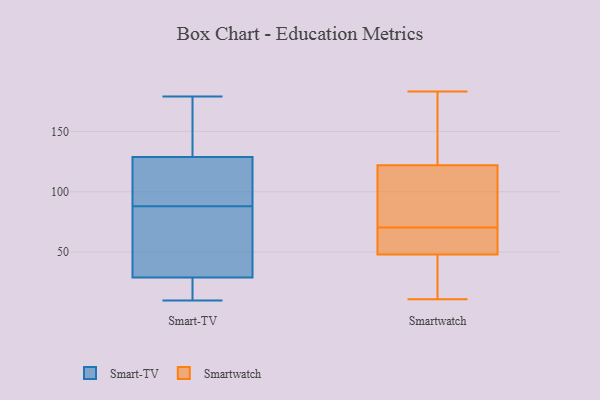
{"axis": {"x": "Operating Costs (USD K)", "y": "Value"}, "legend": ["Smart-TV", "Smartwatch"], "data": [{"x": "", "y": 107, "type": "Smart-TV"}, {"x": "", "y": 97, "type": "Smart-TV"}, {"x": "", "y": 179, "type": "Smart-TV"}, {"x": "", "y": 14, "type": "Smart-TV"}, {"x": "", "y": 155, "type": "Smart-TV"}, {"x": "", "y": 33, "type": "Smart-TV"}, {"x": "", "y": 49, "type": "Smart-TV"}, {"x": "", "y": 12, "type": "Smart-TV"}, {"x": "", "y": 119, "type": "Smart-TV"}, {"x": "", "y": 134, "type": "Smart-TV"}, {"x": "", "y": 127, "type": "Smart-TV"}, {"x": "", "y": 17, "type": "Smart-TV"}, {"x": "", "y": 64, "type": "Smart-TV"}, {"x": "", "y": 88, "type": "Smart-TV"}, {"x": "", "y": 35, "type": "Smart-TV"}, {"x": "", "y": 151, "type": "Smart-TV"}, {"x": "", "y": 10, "type": "Smart-TV"}, {"x": "", "y": 11, "type": "Smartwatch"}, {"x": "", "y": 44, "type": "Smartwatch"}, {"x": "", "y": 105, "type": "Smartwatch"}, {"x": "", "y": 62, "type": "Smartwatch"}, {"x": "", "y": 122, "type": "Smartwatch"}, {"x": "", "y": 68, "type": "Smartwatch"}, {"x": "", "y": 56, "type": "Smartwatch"}, {"x": "", "y": 170, "type": "Smartwatch"}, {"x": "", "y": 32, "type": "Smartwatch"}, {"x": "", "y": 48, "type": "Smartwatch"}, {"x": "", "y": 102, "type": "Smartwatch"}, {"x": "", "y": 183, "type": "Smartwatch"}, {"x": "", "y": 73, "type": "Smartwatch"}, {"x": "", "y": 147, "type": "Smartwatch"}]}